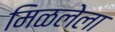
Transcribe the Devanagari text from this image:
मिळलेला